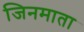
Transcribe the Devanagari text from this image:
जिनमाता